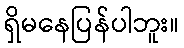
ရှိမနေပြန်ပါဘူး။